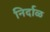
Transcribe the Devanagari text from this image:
निर्दाळ